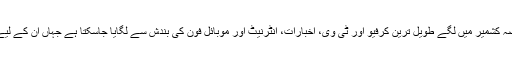
فریکیونسی ریڈیو کی اہمیت کا اندازہ مقبوضہ کشمیر میں لگے طویل ترین کرفیو اور ٹی وی، اخبارات، انٹرنیٹ اور موبائل فون کی بندش سے لگایا جاسکتا ہے جہاں ان کے لیے باخبر رہنے کا واحد ذریعہ ریڈیو ہی ہے۔